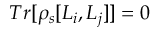
T r [ \rho _ { s } [ L _ { i } , L _ { j } ] ] = 0